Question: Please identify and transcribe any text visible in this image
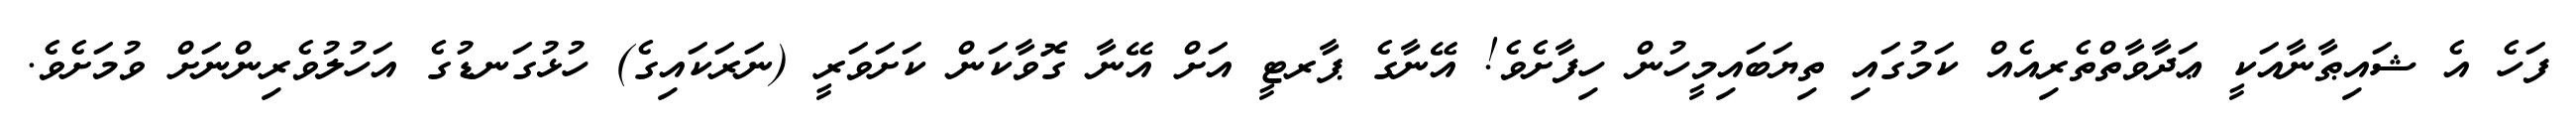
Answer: ފަހެ އެ ޝައިޠާނާއަކީ ޢަދާވާތްތެރިއެއް ކަމުގައި ތިޔަބައިމީހުން ހިފާށެވެ! އޭނާގެ ޕާރޓީ އަށް އޭނާ ގޮވާކަން ކަށަވަރީ (ނަރަކައިގެ) ހުޅުގަނޑުގެ އަހުލުވެރިންނަށް ވުމަށެވެ.